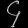
Digit: ၄